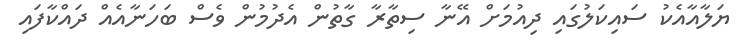
ޔަލާއާއެކު ސައިކަލުގައި ދިއުމަށް އޭނާ ސިތާރާ ގާތުން އެދުމުން ވެސް ބަހަނާއެއް ދައްކާފައި